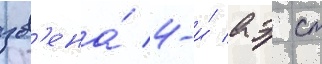
зв'ена́ 4-и́ аэ ст